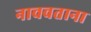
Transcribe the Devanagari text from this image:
नाचवताना